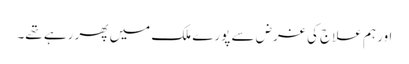
اور ہم علاج کی غرض سے پورے ملک میں پھر رہے تھے۔